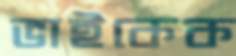
ভাইকেক